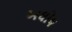
અઘોષ